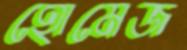
হোমেজ